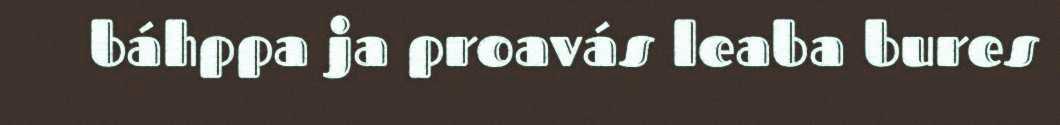
báhppa ja proavás leaba bures